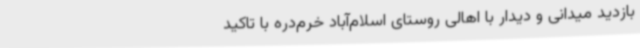
بازدید میدانی و دیدار با اهالی روستای اسلام‌آباد خرم‌دره با تاکید